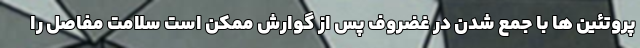
پروتئین ها با جمع شدن در غضروف پس از گوارش ممکن است سلامت مفاصل را